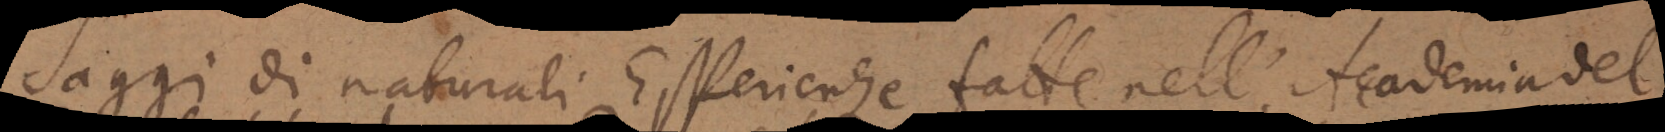
Saggi di naturali Esperienze fatte nell’Accademia del